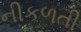
નીકળતી